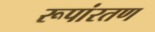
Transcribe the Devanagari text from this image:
रूपांरतण